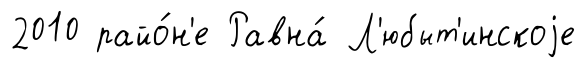
2010 райо́н'е Равна́ Л'юбыт'инскоjе